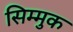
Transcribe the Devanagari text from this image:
सिम्मुक